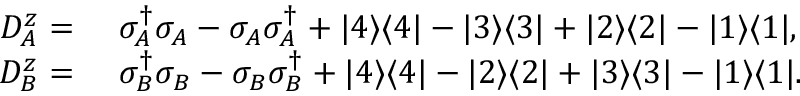
\begin{array} { r l } { D _ { A } ^ { z } = } & { ~ \sigma _ { A } ^ { \dagger } \sigma _ { A } - \sigma _ { A } \sigma _ { A } ^ { \dagger } + | 4 \rangle \langle 4 | - | 3 \rangle \langle 3 | + | 2 \rangle \langle 2 | - | 1 \rangle \langle 1 | , } \\ { D _ { B } ^ { z } = } & { ~ \sigma _ { B } ^ { \dagger } \sigma _ { B } - \sigma _ { B } \sigma _ { B } ^ { \dagger } + | 4 \rangle \langle 4 | - | 2 \rangle \langle 2 | + | 3 \rangle \langle 3 | - | 1 \rangle \langle 1 | . } \end{array}